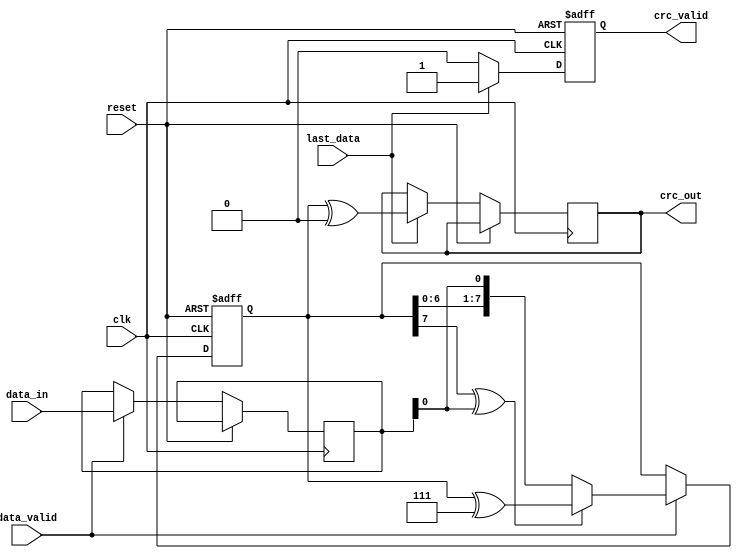
module parameterized_crc #(
    parameter CRC_WIDTH = 8,
    parameter POLY = 8'h07,               // Default polynomial (x^8 + x^2 + x + 1)
    parameter INIT_VALUE = {CRC_WIDTH{1'b0}},
    parameter REFLECT_INPUT = 1'b0,
    parameter REFLECT_OUTPUT = 1'b0,
    parameter FINAL_XOR_VALUE = {CRC_WIDTH{1'b0}}
)(
    input wire clk,
    input wire reset,
    input wire [7:0] data_in,             // Assumed input data width is 8 bits (can be changed)
    input wire data_valid,
    input wire last_data,
    output reg [CRC_WIDTH-1:0] crc_out,
    output reg crc_valid
);

    reg [CRC_WIDTH-1:0] crc_reg;
    reg [7:0] data_shift;                  // Temporary storage for shifted data
    reg [3:0] bit_counter;
    reg [7:0] polynomial;
    
    // Bit reverse function
    function [7:0] reflect;
        input [7:0] data;
        integer i;
        begin
            for (i = 0; i < 8; i = i + 1) begin
                reflect[i] = data[7 - i];
            end
        end
    endfunction

    // Initialization
    always @(posedge clk or posedge reset) begin
        if (reset) begin
            crc_reg <= INIT_VALUE;
            crc_valid <= 1'b0;
            bit_counter <= 0;
        end else begin
            if (data_valid) begin
                data_shift <= REFLECT_INPUT ? reflect(data_in) : data_in;

                // Process each bit of incoming data
                for (bit_counter = 0; bit_counter < 8; bit_counter = bit_counter + 1) begin
                    // Shift CRC register for the next input bit
                    crc_reg <= {crc_reg[CRC_WIDTH-2:0], data_shift[7 - bit_counter]}; // Shift in the bit

                    // If the highest bit of CRC register is 1, process polynomial
                    if (crc_reg[CRC_WIDTH-1] ^ data_shift[7 - bit_counter]) begin
                        crc_reg <= crc_reg ^ POLY; // XOR with polynomial
                    end
                end
            end

            // Finalize CRC when last data is received
            if (last_data) begin
                if (REFLECT_OUTPUT) begin
                    crc_out <= reflect(crc_reg) ^ FINAL_XOR_VALUE; // Final XOR after reflection
                end else begin
                    crc_out <= crc_reg ^ FINAL_XOR_VALUE; // Final XOR
                end
                crc_valid <= 1'b1; // Assert the CRC valid signal
            end else begin
                crc_valid <= 1'b0; // Unset if not the last data
            end
        end
    end
endmodule